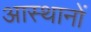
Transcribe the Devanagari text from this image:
आस्थानों